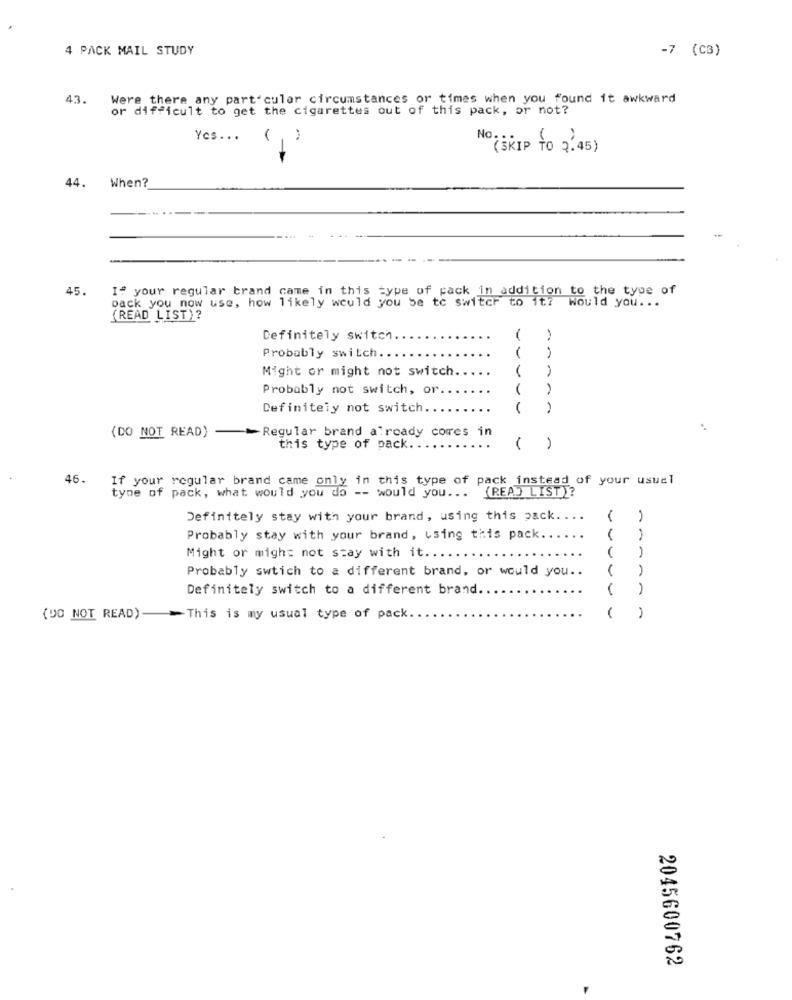
4 PACK MAIL STUDY
-7 (CB)
43.
Were there any part cular circumstances or times when you found it awkward
or difficult to get the cigarettes out of this pack, or not?
Yes ...
(SKIP TO 7.45)
44.
When?
-
45.
If your regular brand came in this type of pack in addition to the type of
back you now use, how likely would you be to switch to it? Would you ...
(READ LIST)?
Definitely switch
Probably switch.
--
Might or might not switch
Probably not switch, or.
Definitely not switch
(DO NOT READ) - - Regular brand already comes in
this type of pack.
( )
46.
If your regular brand came only in this type of pack instead of your usual
type of pack, what would you do -- would you ... (READ LIST)?
Definitely stay with your brand, using this pack ....
Probably stay with your brand, using this pack.
Might or might not stay with it.
Probably swtich to a different brand, or would you ..
Definitely switch to a different brand.
(00 NOT READ) -This is my usual type of pack
2045600762